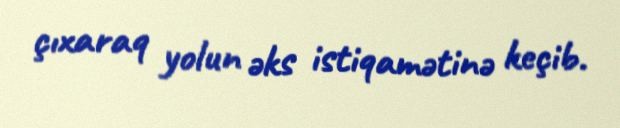
çıxaraq yolun əks istiqamətinə keçib.